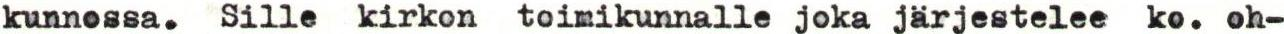
kunnossa. Sille kirkon toimikunnalle joka järjestelee ko. oh-